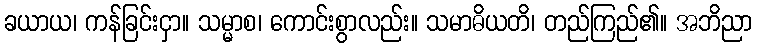
ခယာယ၊ ကန်ခြင်းငှာ။ သမ္မာစ၊ ကောင်းစွာလည်း။ သမာဓိယတိ၊ တည်ကြည်၏။ အဘိညာ